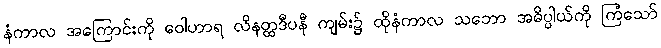
နံကာလ အကြောင်းကို ဝေါဟာရ လိနတ္ထဒီပနီ ကျမ်း၌ ထိုနံကာလ သဘော အဓိပ္ပါယ်ကို ကြံသော်